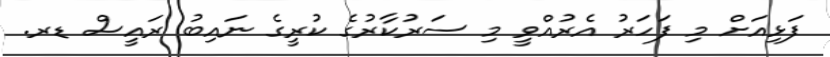
ފަޅިއަށް މި ފަހަރު އެރުއްވީ މި ސަރުކާރުގެ ކުރީގެ ނައިބު ރައީސް ޑރ.